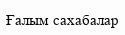
Ғалым сахабалар